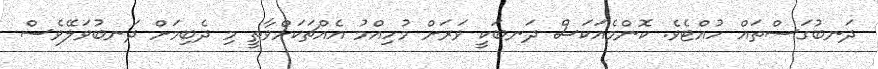
ދަނބުގަސްތައް ހުއްޓެވެ. ކޮންމެއަކަސް ދަނބަކީ ވަރަށް މުހިއްމު އެއްޗަކަށްވާތީ މި ދެބިމަށް ދަނބުވަލޭވެސް